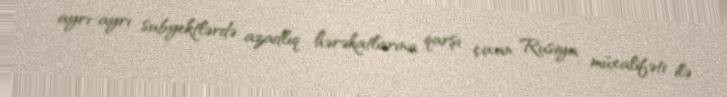
ayrı-ayrı subyektlərdə azadlıq hərəkatlarına qarşı çıxan Rusiya müxalifəti ilə